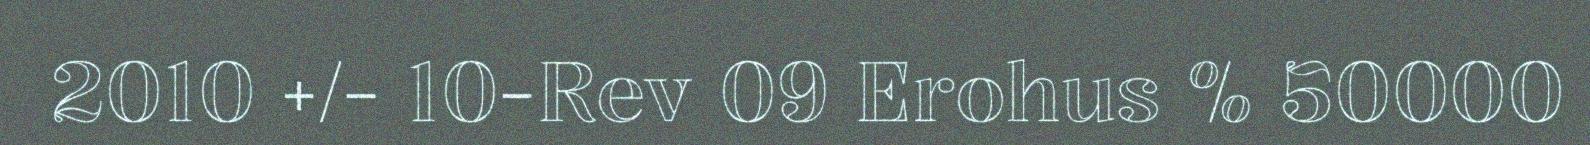
2010 +/- 10-Rev 09 Erohus % 50000